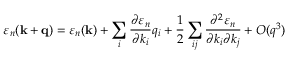
\varepsilon _ { n } ( \mathbf { k } + \mathbf { q } ) = \varepsilon _ { n } ( \mathbf { k } ) + \sum _ { i } { \frac { \partial \varepsilon _ { n } } { \partial k _ { i } } } q _ { i } + { \frac { 1 } { 2 } } \sum _ { i j } { \frac { \partial ^ { 2 } \varepsilon _ { n } } { \partial k _ { i } \partial k _ { j } } } + O ( q ^ { 3 } )